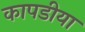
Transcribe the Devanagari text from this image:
कापडीया